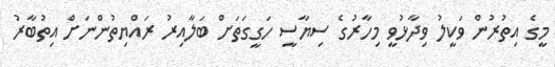
މީގެ އިތުރުން ވަކީލު ވިދާޅުވީ މިހާރުގެ ސިޔާސީ ހަގީގަތަށް ބަލާއިރު ރައްޔިތުންނަށް އިތުބާރު